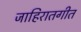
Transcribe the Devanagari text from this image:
जाहिरातगीत